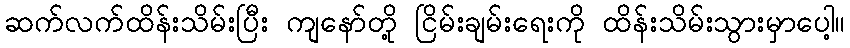
ဆက်လက်ထိန်းသိမ်းပြီး ကျနော်တို့ ငြိမ်းချမ်းရေးကို ထိန်းသိမ်းသွားမှာပေါ့။